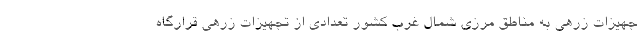
جهیزات زرهی به مناطق مرزی شمال غرب کشور تعدادی از تجهیزات زرهی قرارگاه